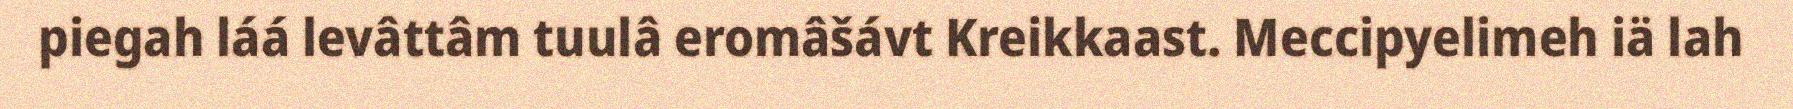
piegah láá levâttâm tuulâ eromâšávt Kreikkaast. Meccipyelimeh iä lah